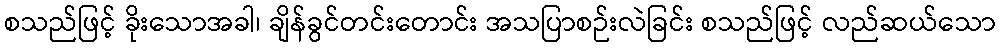
စသည်ဖြင့် ခိုးသောအခါ၊ ချိန်ခွင်တင်းတောင်း အသပြာစဉ်းလဲခြင်း စသည်ဖြင့် လည်ဆယ်သော